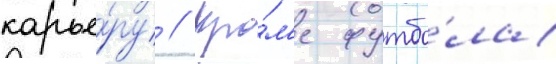
карье́ру // Кро́м'е футбо́ла